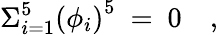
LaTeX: \Sigma_{i=1}^{5}\left(\phi_{i}\right)^{5}~=~0\quad,